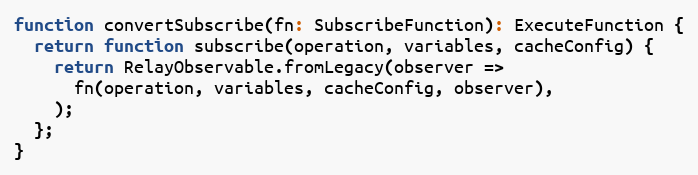
Language: JavaScript
function convertSubscribe(fn: SubscribeFunction): ExecuteFunction {
  return function subscribe(operation, variables, cacheConfig) {
    return RelayObservable.fromLegacy(observer =>
      fn(operation, variables, cacheConfig, observer),
    );
  };
}